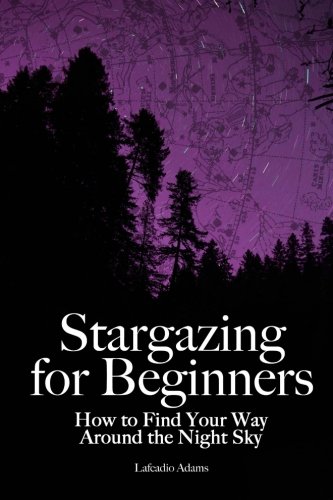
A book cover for Stargazing for Beginners: How to Find Your Way Around the Night Sky; Lafcadio Adams; Science & Math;